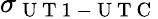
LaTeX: \sigma_{\mathrm{~U~T~1~-~U~T~C~}}